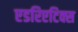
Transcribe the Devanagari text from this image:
एडरिएटिक्स